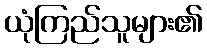
ယုံကြည်သူများ၏